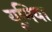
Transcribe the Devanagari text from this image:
यूमिया